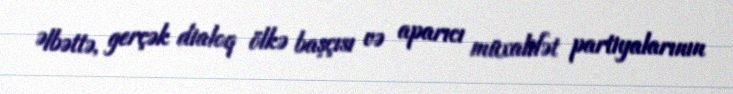
Əlbəttə, gerçək dialoq ölkə başçısı və aparıcı müxalifət partiyalarının